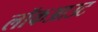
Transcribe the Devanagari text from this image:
लॉकआउट